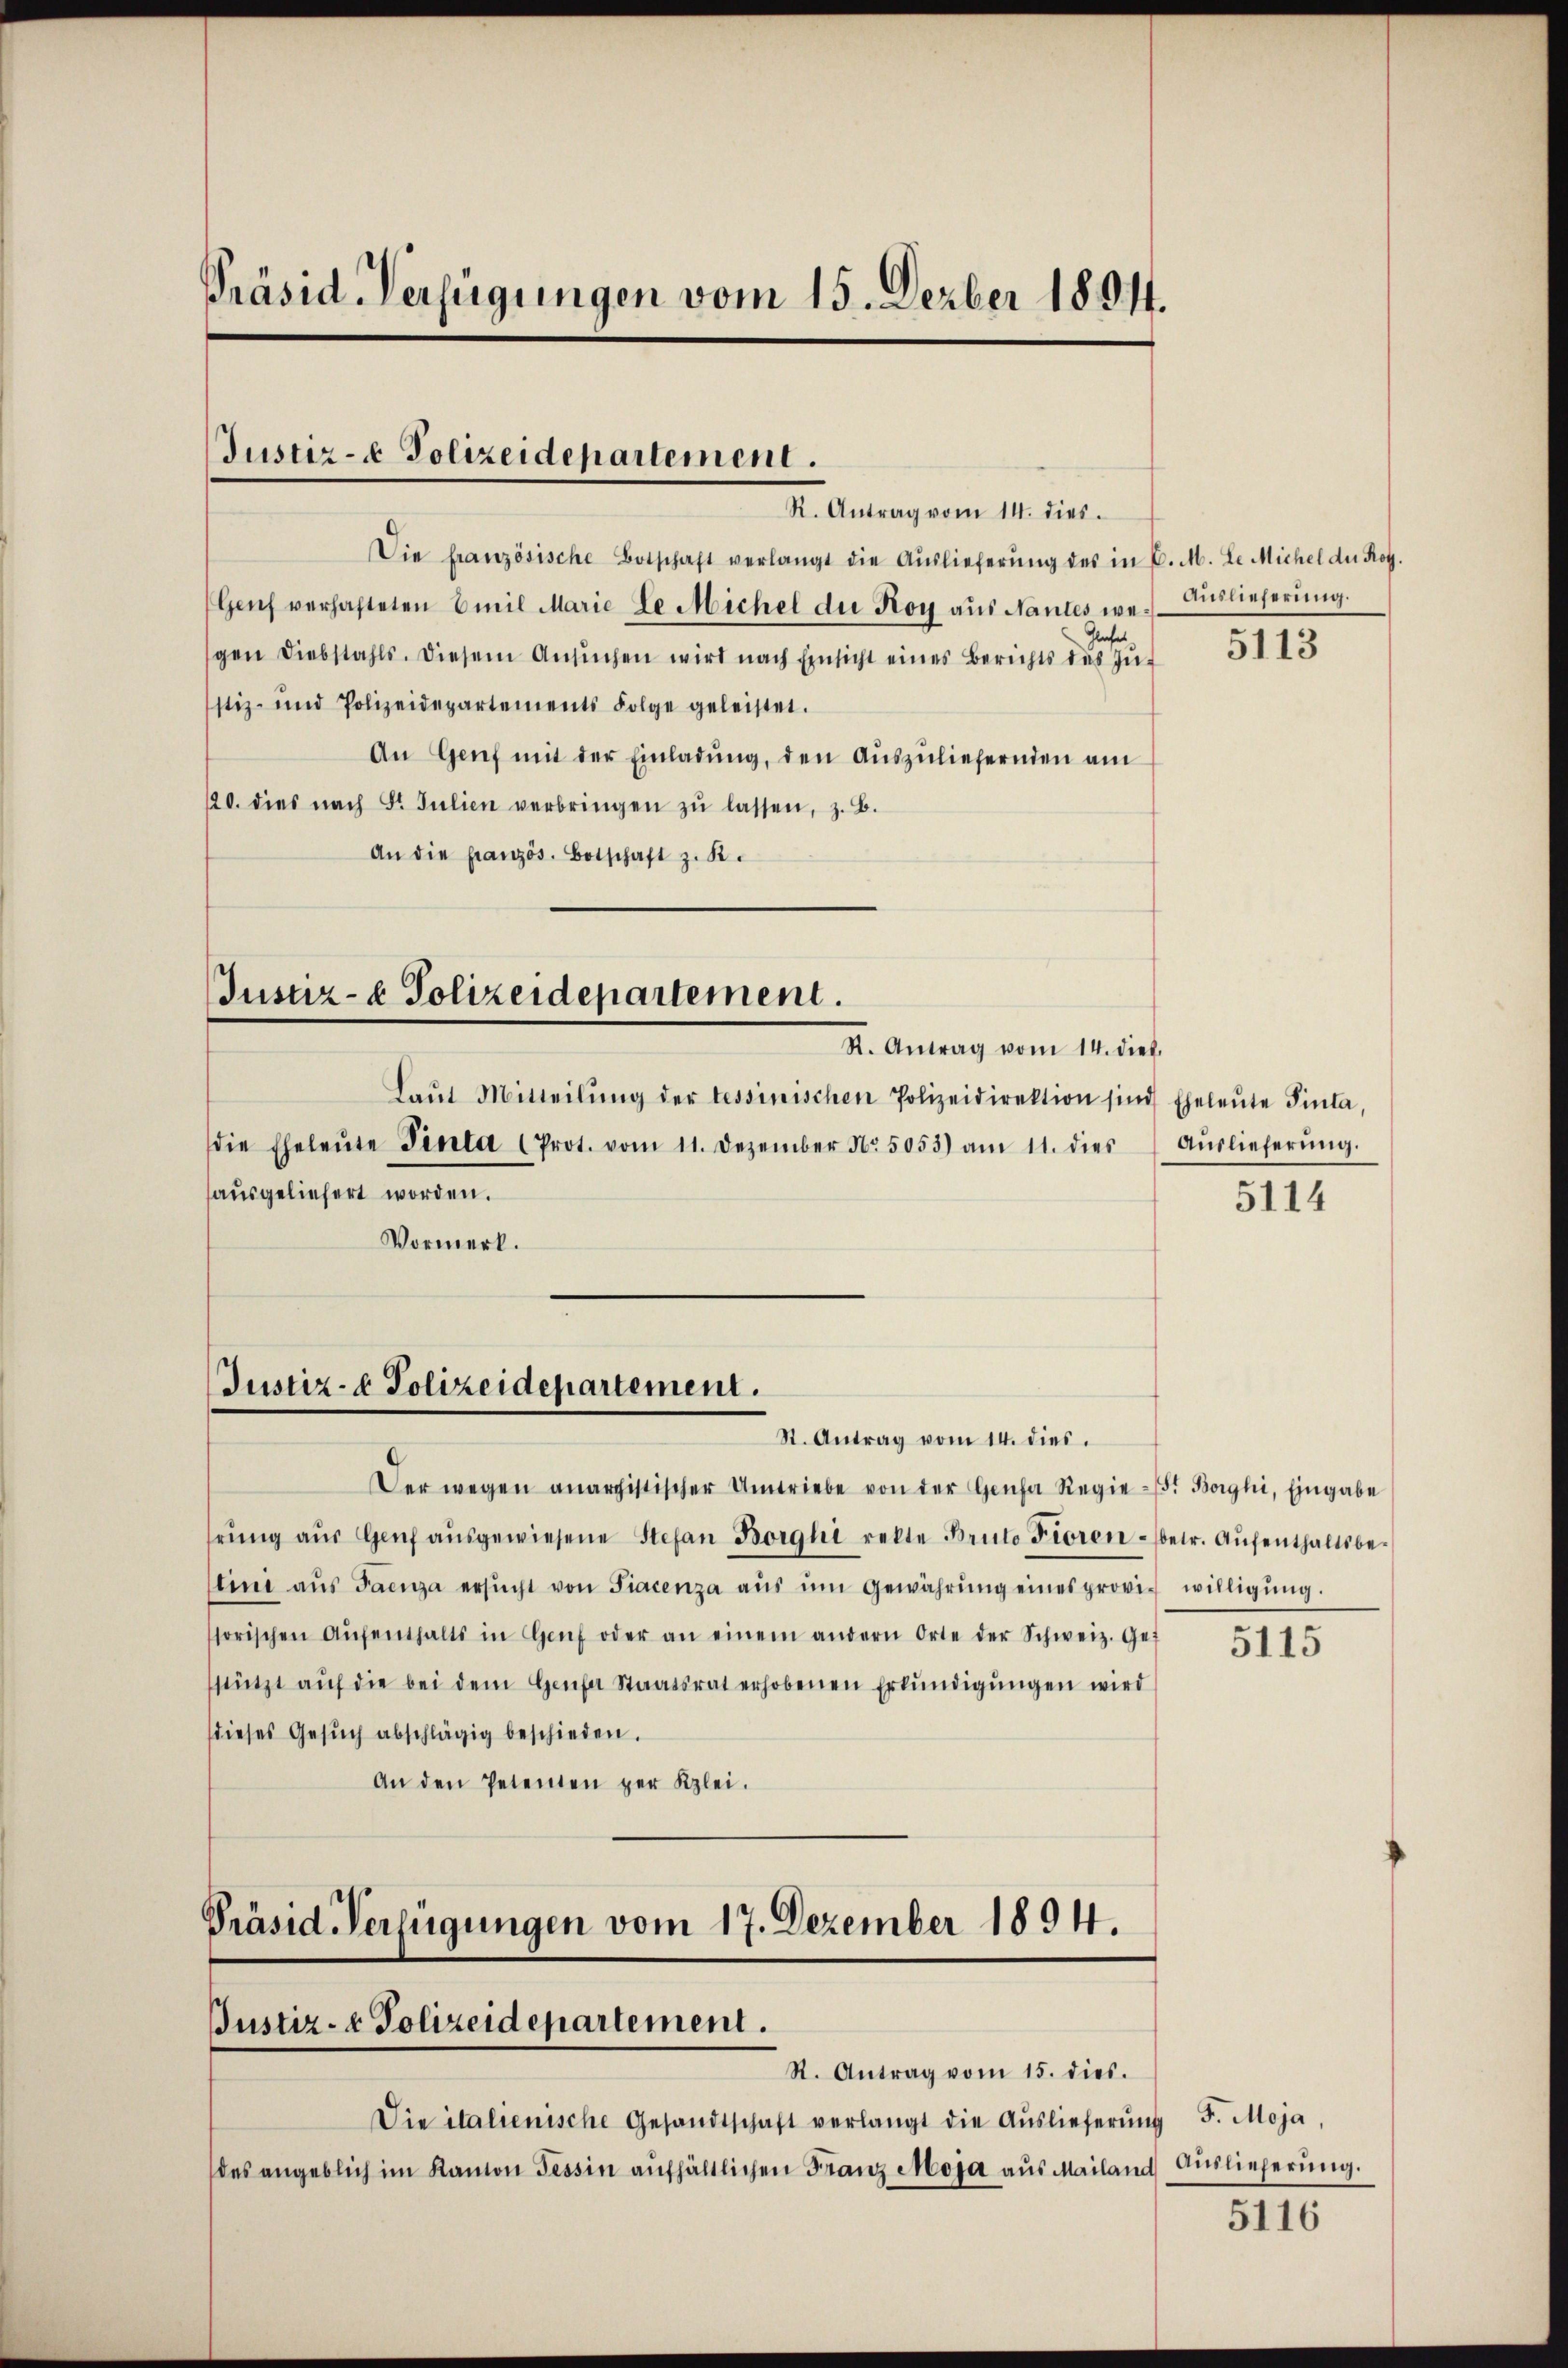
Präsid. Verfügungen vom 15. Derber 1804.

Justiz- & Polizeidepartement.

R. Antrag vom 14. dies.
Die französische Botschaft verlangt die Auslieferung des in C. M. L. Michel der Rot
Genf verhafteten Emil Marie le Michel der Roy aus Nantes we¬
Glaser
gen Diebstahls. Diesem Ansŭchen wird nach Einsicht eines Berichts des Jŭ-
stiz- und Polizeidepartements Folge geleistet.
An Genf mit der Einladŭng, den Aŭszŭliefernden am
120. dies nach St. Julien verbringen zŭ lassen, z. B.
An die französ. Botschaft z. B.

Justiz- & Polizeidepartement.
R. Antrag vom 14. dieb.

Laŭt Mitteilŭng der tessinischen Polizeidirektion sind Eheleŭte Sinta,
die Eheleŭte Tenta (Prot. vom 11. Dezember N.5053) am 11. dies Aŭslieferŭng.
ausgeliefert worden.
Vormerk.

Justiz- & Polizeidepartement.

St. Antrag vom 14. dies.
Der wegen anaristischer Umtriebe von der Genda Regie (s. Borghi, Eingabe
hrŭng aŭs Grŭf aŭsgewiesene Stefan Borghi rekte Bruto Fioren - betr. Aŭfenthaltsbe-
stini aus Faenza ersŭcht von Fiacenza aŭs ŭm Gewährŭng eines provi willigŭng.
ssorischen Aŭfenthalts in Haŭf oder an einem andern Orte der Schweiz. Gef
stützt aŭf die bei dem Genfer Staatsrat erhobenen Erkŭndigŭngen wird
(dieses Gesŭch abschlägig beschieden.
An den Petenten per Klei¬

Die italienische Gesandtschaft verlangt die Aŭslieferŭng F. Moja,
des angeblich im Kanton Tessin aŭfhältlichen Franz Moja aus Mailand Auslieferŭng.

Präsid Verfügungen vom 17. Dezember 1894.
Justiz- & Polizeidepartement.
R. Antrag vom 15. dies.

Auslieferung.

5113

5114

5115

5116